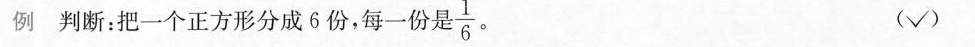
例 判断：把一个正方形分成6份，每一份是\frac{1}{6} (√)